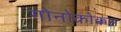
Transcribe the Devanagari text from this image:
गोनोकोक्कस